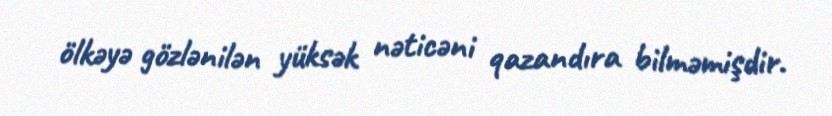
ölkəyə gözlənilən yüksək nəticəni qazandıra bilməmişdir.